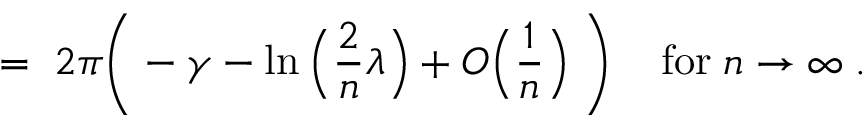
= \; 2 \pi \Bigg ( - \gamma - \ln \Big ( \frac { 2 } { n } \lambda \Big ) + O \Big ( \frac { 1 } { n } \Big ) \; \Bigg ) \; \; \; \; \mathrm { f o r } \; n \rightarrow \infty \; .